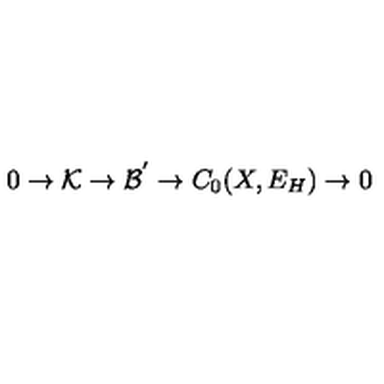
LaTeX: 0 \rightarrow { \cal K } \rightarrow { \cal B ^ { ' } } \rightarrow C _ { 0 } ( X , E _ { H } ) \rightarrow 0